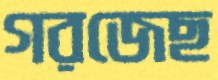
গরজেছ